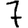
Digit: 7